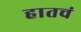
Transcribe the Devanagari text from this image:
हातचं